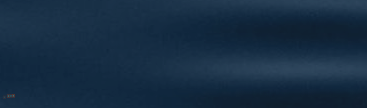
جسر رقم ١